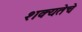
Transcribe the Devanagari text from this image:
शक्यतेचे